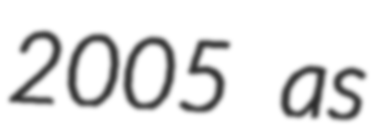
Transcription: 2005 as